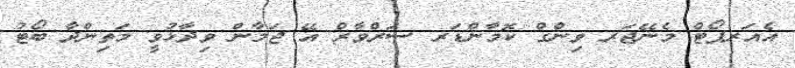
އެއަރޕޯޓް މެނޭޖަރ ވިންގް ކޮމާންޑަރ ސަރްވާރް އޭ ޖަމާން ވިދާޅުވީ މަތިންދާ ބޯޓު